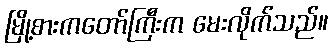
မြို့စားကတော်ကြီးက မေးလိုက်သည်။